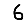
Digit: 6